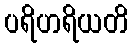
ပရိဟရိယတိ